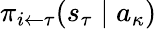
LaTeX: \pi_{i\leftarrow\tau}(s_{\tau}\mid a_{\kappa})